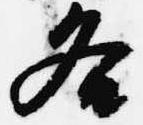
各